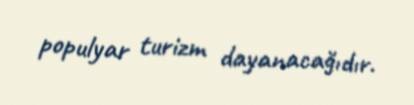
populyar turizm dayanacağıdır.